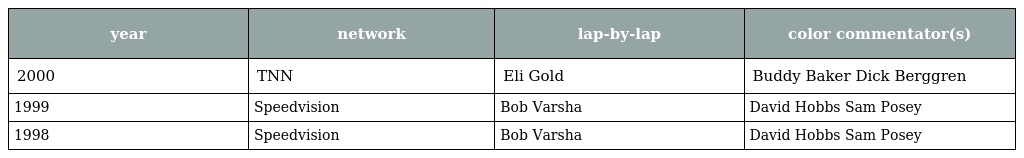
| year | network | lap-by-lap | color commentator(s) |
 | --- | --- | --- | --- |
 | 2000 | TNN | Eli Gold | Buddy Baker Dick Berggren |
 | 1999 | Speedvision | Bob Varsha | David Hobbs Sam Posey |
 | 1998 | Speedvision | Bob Varsha | David Hobbs Sam Posey |